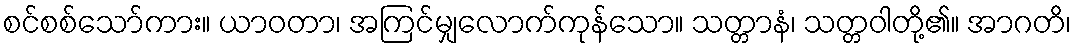
စင်စစ်သော်ကား။ ယာဝတာ၊ အကြင်မျှလောက်ကုန်သော။ သတ္တာနံ၊ သတ္တဝါတို့၏။ အာဂတိ၊